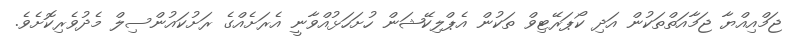
ޖަމްއިއްޔާ ޖަމާއަތްތަކުން އަދި ކޯޕަރޭޓިވް ތަކުން އެޕްލިކޭޝަން ހުށަހަޅުއްވާނީ އެރަށެއްގެ ރަށުކައުންސިލް މެދުވެރިކޮށެވެ.